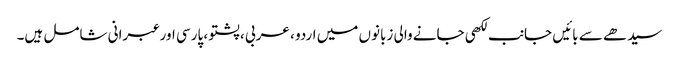
سیدھے سے بائیں جانب لکھی جانے والی زبانوں میں اردو ، عربی ، پشتو ، پارسی اور عبرانی شامل ہیں۔